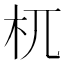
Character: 杌